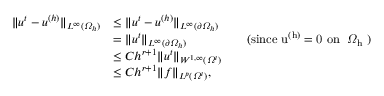
\begin{array} { r l r l } { \| u ^ { t } - u ^ { ( h ) } \| _ { L ^ { \infty } ( \varOmega _ { h } ) } } & { \leq \| u ^ { t } - u ^ { ( h ) } \| _ { L ^ { \infty } ( \partial \varOmega _ { h } ) } } \\ & { = \| u ^ { t } \| _ { L ^ { \infty } ( \partial \varOmega _ { h } ) } } & & { \mathrm { ( s i n c e ~ u ^ { ( h ) } = 0 ~ o n ~ \partial \varOmega _ h ~ ) } } \\ & { \leq C h ^ { r + 1 } \| u ^ { t } \| _ { W ^ { 1 , \infty } ( \varOmega ^ { t } ) } } \\ & { \leq C h ^ { r + 1 } \| f \| _ { L ^ { p } ( \varOmega ^ { t } ) } , } \end{array}